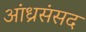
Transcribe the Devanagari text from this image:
आंध्रसंसद